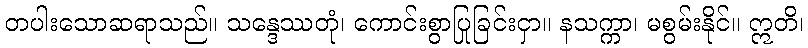
တပါးသောဆရာသည်။ သန္ဒေဿတုံ၊ ကောင်းစွာပြုခြင်းငှာ။ နသက္ကာ၊ မစွမ်းနိုင်။ ဣတိ၊